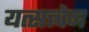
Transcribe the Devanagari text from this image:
यत्सत्त्वेन